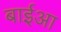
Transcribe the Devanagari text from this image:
बाईआ